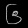
Digit: ၆